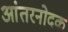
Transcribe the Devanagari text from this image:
आंतरनोदक